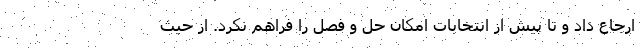
ارجاع داد و تا پیش از انتخابات امکان حل و فصل را فراهم نکرد. از حیث